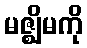
မဇ္ဈိမကို